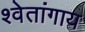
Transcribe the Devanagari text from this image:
श्वेतांगाय